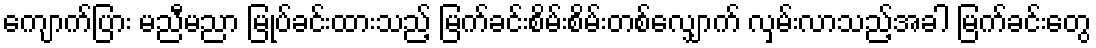
ကျောက်ပြား မညီမညာ မြုပ်ခင်းထားသည့် မြက်ခင်းစိမ်းစိမ်းတစ်လျှောက် လှမ်းလာသည့်အခါ မြက်ခင်းတွေ